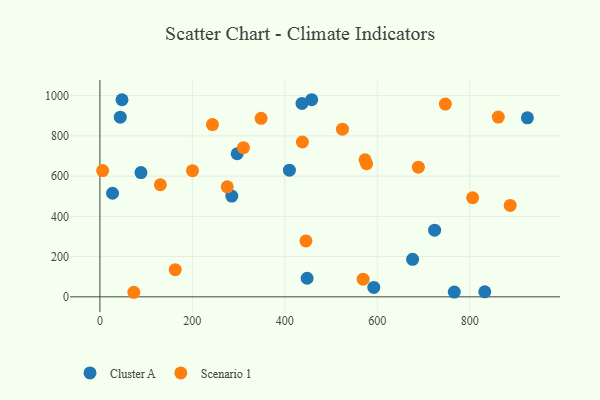
{"axis": {"x": "Experience", "y": "Rating"}, "legend": ["Cluster A", "Scenario 1"], "data": [{"x": "296.9", "y": 711.1, "type": "Cluster A"}, {"x": "27.3", "y": 514.8, "type": "Cluster A"}, {"x": "832.5", "y": 24.7, "type": "Cluster A"}, {"x": "47.8", "y": 979.5, "type": "Cluster A"}, {"x": "448.2", "y": 92.4, "type": "Cluster A"}, {"x": "88.8", "y": 617.7, "type": "Cluster A"}, {"x": "285.3", "y": 500.8, "type": "Cluster A"}, {"x": "924.6", "y": 889.6, "type": "Cluster A"}, {"x": "766.5", "y": 23.7, "type": "Cluster A"}, {"x": "724.0", "y": 331.5, "type": "Cluster A"}, {"x": "44.1", "y": 893.0, "type": "Cluster A"}, {"x": "458.1", "y": 979.7, "type": "Cluster A"}, {"x": "592.4", "y": 46.8, "type": "Cluster A"}, {"x": "409.9", "y": 629.4, "type": "Cluster A"}, {"x": "437.1", "y": 961.4, "type": "Cluster A"}, {"x": "676.4", "y": 186.6, "type": "Cluster A"}, {"x": "73.4", "y": 22.7, "type": "Scenario 1"}, {"x": "310.4", "y": 741.5, "type": "Scenario 1"}, {"x": "576.8", "y": 661.9, "type": "Scenario 1"}, {"x": "747.2", "y": 958.0, "type": "Scenario 1"}, {"x": "806.2", "y": 492.6, "type": "Scenario 1"}, {"x": "275.4", "y": 546.8, "type": "Scenario 1"}, {"x": "5.9", "y": 627.6, "type": "Scenario 1"}, {"x": "162.9", "y": 135.2, "type": "Scenario 1"}, {"x": "861.7", "y": 893.3, "type": "Scenario 1"}, {"x": "688.8", "y": 644.5, "type": "Scenario 1"}, {"x": "130.8", "y": 557.0, "type": "Scenario 1"}, {"x": "200.3", "y": 627.1, "type": "Scenario 1"}, {"x": "887.4", "y": 454.6, "type": "Scenario 1"}, {"x": "445.6", "y": 278.1, "type": "Scenario 1"}, {"x": "569.3", "y": 87.9, "type": "Scenario 1"}, {"x": "437.9", "y": 769.5, "type": "Scenario 1"}, {"x": "348.7", "y": 887.5, "type": "Scenario 1"}, {"x": "243.4", "y": 856.3, "type": "Scenario 1"}, {"x": "524.6", "y": 833.5, "type": "Scenario 1"}, {"x": "573.5", "y": 680.8, "type": "Scenario 1"}]}